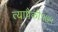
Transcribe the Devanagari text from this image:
त्यापैकी१७५